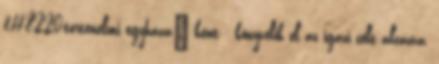
&#8220;történelmi egyháza"-ként - könyvelik el az igazi célt álcázva,